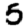
Digit: 5